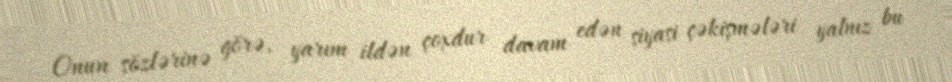
Onun sözlərinə görə, yarım ildən çoxdur davam edən siyasi çəkişmələri yalnız bu